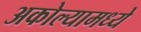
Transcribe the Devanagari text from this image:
अकोल्यामध्ये